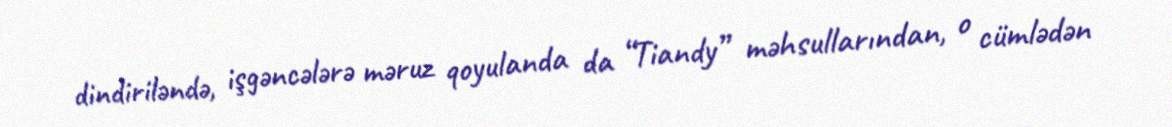
dindiriləndə, işgəncələrə məruz qoyulanda da “Tiandy” məhsullarından, o cümlədən